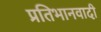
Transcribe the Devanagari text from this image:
प्रतिभानवादी